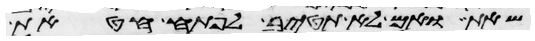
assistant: שאת ואם לא תטיב לפתח חטאת